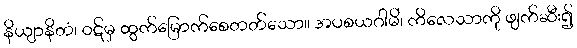
နိယျာနိတံ၊ ဝဋ်မှ ထွက်မြောက်စေတတ်သော။ အပစယဂါမိံ၊ ကိလေသာကို ဖျက်ဆီး၍